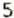
5